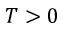
T > 0